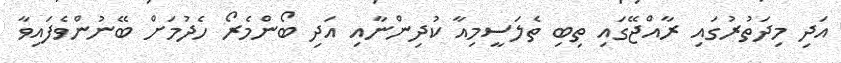
އަދި މިދަތުރުގައި ރާއްޖޭގައި ތިބި ތެލަސީމިއާ ކުދިންނާއި އަދި ބޯންމެރޯ ހެދުމަށް ބޭނުންވެފައިވާ